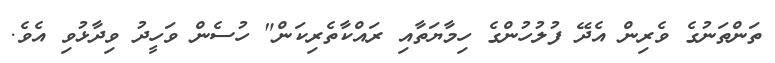
ތަންތަނުގެ ވެރިން އެދޭ ފުލުހުންގެ ހިމާޔަތާއި ރައްކާތެރިކަން" ހުސެން ވަހީދު ވިދާޅުވި އެވެ.